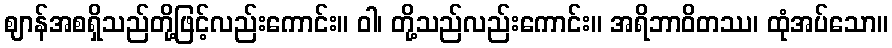
ဈာန်အစရှိသည်တို့ဖြင့်လည်းကောင်း။ ဝါ၊ တို့သည်လည်းကောင်း။ အရိဘာဝိတဿ၊ ထုံအပ်သော။